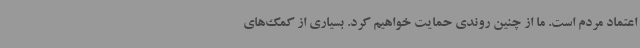
اعتماد مردم است. ما از چنین روندی حمایت خواهیم کرد. بسیاری از کمک‌های